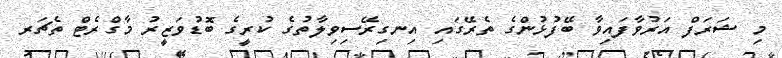
މި ޝަރަފް އަރުވާފައިވާ ބޭފުޅުންގެ ތެރޭގައި އިނގިރޭސިވިލާތުގެ ކުރީގެ ބޮޑުވަޒީރު މާގްރެޓް ތެޗަރ